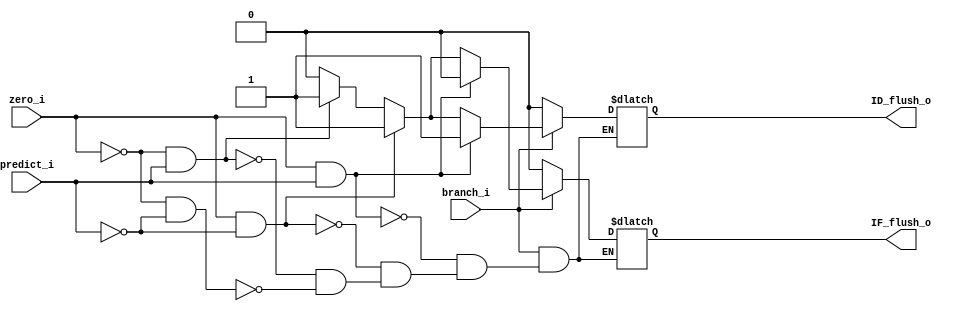
module flush_decider
(
    zero_i,
    predict_i,
    branch_i,
    IF_flush_o,
    ID_flush_o
);
    input zero_i, predict_i, branch_i;
    //zero_i: whether branch should be taken
    //predict_i: whether branch is predicted to be taken
    //branch_i: whether current instruction is a branch instruction
    output IF_flush_o; //whether to flush IF/ID register
    output ID_flush_o; //whether to flush ID/EX register

    reg IF_flush_reg;
    reg ID_flush_reg;

    assign IF_flush_o = IF_flush_reg;
    assign ID_flush_o = ID_flush_reg;

    always@(*)
    begin
        if (branch_i) begin
            if (zero_i==1 && predict_i==1) begin
                ID_flush_reg <= 1'b1; //don't care
                IF_flush_reg <= 1'b0;
            end
            else if (zero_i==1 && predict_i==0) begin
                ID_flush_reg <= 1'b1;
                IF_flush_reg <= 1'b1;
            end
            else if (zero_i==0 && predict_i==1) begin
                ID_flush_reg <= 1'b1; //don't care
                IF_flush_reg <= 1'b1;
            end
            else if (zero_i==0 && predict_i==0) begin
                ID_flush_reg <= 1'b0;
                IF_flush_reg <= 1'b0;
            end
        end
        else begin
            ID_flush_reg <= 1'b0;
            IF_flush_reg <= 1'b0;
        end
    end

endmodule